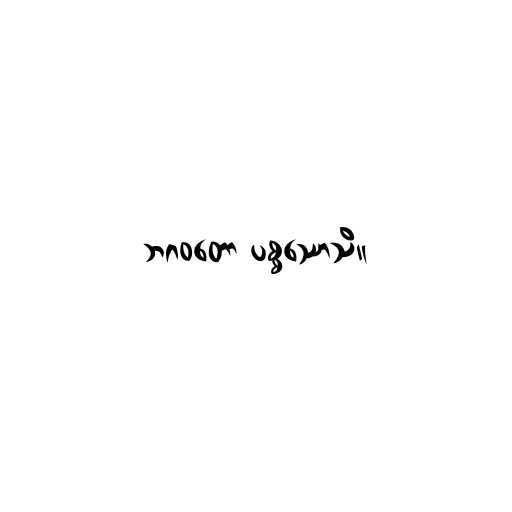
ဘဂဝတော ပစ္စဿောသိ။